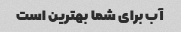
آب برای شما بهترین است